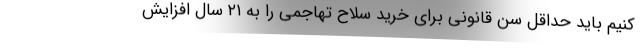
کنیم باید حداقل سن قانونی برای خرید سلاح تهاجمی را به ۲۱ سال افزایش